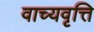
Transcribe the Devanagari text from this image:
वाच्यवृत्ति